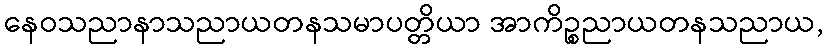
နေဝသညာနာသညာယတနသမာပတ္တိယာ အာကိဉ္စညာယတနသညာယ,